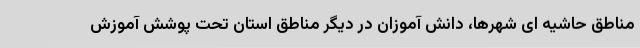
مناطق حاشیه ای شهرها، دانش آموزان در دیگر مناطق استان تحت پوشش آموزش